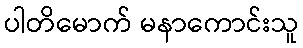
ပါတိမောက် မနာကောင်းသူ